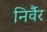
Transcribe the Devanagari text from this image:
निर्वैर